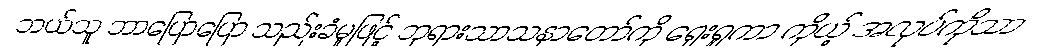
ဘယ်သူ ဘာပြောပြော သည်းခံမှုဖြင့် ဘုရားသာသနာတော်ကို ရှေးရှုကာ ကိုယ့် အလုပ်ကိုသာ